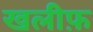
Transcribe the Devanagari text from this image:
खलीफ़